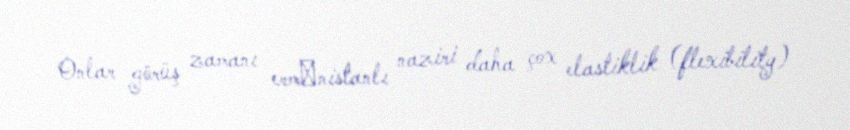
Onlar görüş zamanı ermәnistanlı naziri daha çox elastiklik (flexibility)